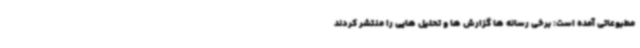
مطبوعاتی آمده است: برخی رسانه ها گزارش ها و تحلیل هایی را منتشر کردند